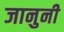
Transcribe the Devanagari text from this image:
जानुनी